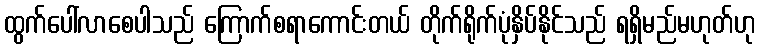
ထွက်ပေါ်လာစေပါသည် ကြောက်စရာကောင်းတယ် တိုက်ရိုက်ပုံနှိပ်နိုင်သည် ရရှိမည်မဟုတ်ဟု